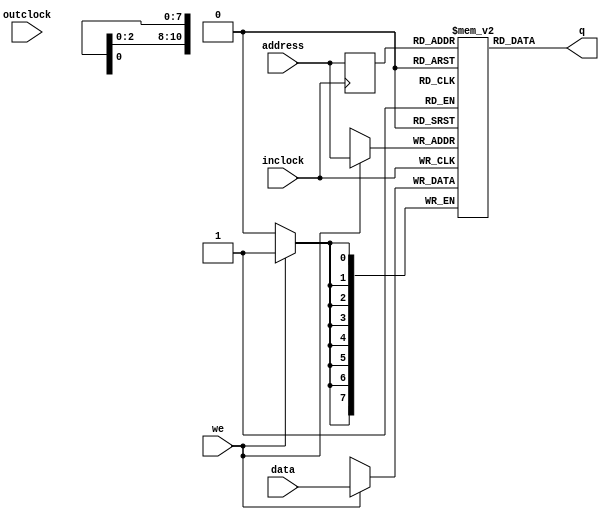

//
//ALTERA_LPM
//
module lpm_ram_dq (
    address,
    inclock,
    outclock,
    data,
    we,
    q
);

parameter lpm_width = 8;
parameter lpm_widthad = 11;
parameter lpm_indata = "REGISTERED";            //This 4 parameters are included only to avoid warnings
parameter lpm_address_control = "REGISTERED";   //they are not accessed inside the module. OR1200 uses this 
parameter lpm_outdata = "UNREGISTERED";         //configuration set on all its instantiations, so this is fine.
parameter lpm_hint = "USE_EAB=ON";              //It may not be fine, if you are adding this library to your 
                                                //own system, which uses this module with another configuration.
localparam dw = lpm_width;
localparam aw = lpm_widthad;

input [aw-1:0] address;
input inclock;
input outclock;
input [dw-1:0] data;
input we;
output [dw-1:0] q;

reg	[dw-1:0]	mem [(1<<aw)-1:0];	// RAM content
reg	[aw-1:0]	addr_reg;		// RAM address register

//
// Data output drivers
//
assign q = mem[addr_reg];

//
// RAM address register
//
always @(posedge inclock)
    addr_reg <= #1 address;

//
// RAM write
//
always @(posedge inclock)
	if (we)
		mem[address] <= #1 data;

endmodule

module altqpram (
	wraddress_a,
	inclocken_a,
	wraddress_b,
	wren_a,
	inclocken_b,
	wren_b,
	inaclr_a,
	inaclr_b,
	inclock_a,
	inclock_b,
	data_a,
	data_b,
	q_a,
	q_b 
);

parameter width_write_a = 8;
parameter widthad_write_a = 11;
parameter width_write_b = 8;
parameter widthad_write_b = 11;

localparam dw = width_write_a;
localparam aw = widthad_write_a;

input inclock_a, inaclr_a, inclocken_a, wren_a, inclock_b, inaclr_b, inclocken_b, wren_b;
input [dw-1:0] data_a, data_b;
output [dw-1:0] q_a, q_b;
input [aw-1:0] wraddress_a, wraddress_b;

reg	[dw-1:0]	mem [(1<<aw)-1:0];	// RAM content
reg	[aw-1:0]	addr_reg_a;		// RAM address register
reg	[aw-1:0]	addr_reg_b;		// RAM address register

//
// Data output drivers
//
assign q_a = mem[addr_reg_a][dw-1:0];
assign q_b = mem[addr_reg_b][dw-1:0];

//
// RAM address register
//
always @(posedge inclock_a or posedge inaclr_a)
    if ( inaclr_a == 1'b1 )
        addr_reg_a <= #1 {aw{1'b0}};
    else if ( inclocken_a )
        addr_reg_a <= #1 wraddress_a;

always @(posedge inclock_b or posedge inaclr_b)
    if ( inaclr_b == 1'b1 )
        addr_reg_b <= #1 {aw{1'b0}};
    else if ( inclocken_b )
        addr_reg_b <= #1 wraddress_b;

//
// RAM write
//
always @(posedge inclock_a)
	if (inclocken_a && wren_a)
		mem[wraddress_a] <= #1 data_a;

always @(posedge inclock_b)
	if (inclocken_b && wren_b)
		mem[wraddress_b] <= #1 data_b;

endmodule
//
// ~ALTERA_LPM
//


//
//XILINX_RAMB16
//
module RAMB16_S36_S36 (
    CLKA,
    SSRA,
    ADDRA,
    DIA,
    DIPA,
    ENA,
    WEA,
    DOA,
    DOPA,

    CLKB,
    SSRB,
    ADDRB,
    DIB,
    DIPB,
    ENB,
    WEB,
    DOB,
    DOPB
);

parameter dw = 32;
parameter dwp = 4;
parameter aw = 9;

input CLKA, SSRA, ENA, WEA, CLKB, SSRB, ENB, WEB;
input [dw-1:0] DIA, DIB;
output [dw-1:0] DOA, DOB;
input [dwp-1:0] DIPA, DIPB;
output [dwp-1:0] DOPA, DOPB;
input [aw-1:0] ADDRA, ADDRB;

reg	[dw+dwp-1:0]	mem [(1<<aw)-1:0];	// RAM content
reg	[aw-1:0]	addr_reg_a;		// RAM address register
reg	[aw-1:0]	addr_reg_b;		// RAM address register

//
// Data output drivers
//
assign DOA = mem[addr_reg_a][dw-1:0];
assign DOPA = mem[addr_reg_a][dwp+dw-1:dw];
assign DOB = mem[addr_reg_b][dw-1:0];
assign DOPB = mem[addr_reg_b][dwp+dw-1:dw];

//
// RAM address register
//
always @(posedge CLKA or posedge SSRA)
    if ( SSRA == 1'b1 )
        addr_reg_a <= #1 {aw{1'b0}};
    else if ( ENA )
        addr_reg_a <= #1 ADDRA;

always @(posedge CLKB or posedge SSRB)
    if ( SSRB == 1'b1 )
        addr_reg_b <= #1 {aw{1'b0}};
    else if ( ENB )
        addr_reg_b <= #1 ADDRB;

//
// RAM write
//
always @(posedge CLKA)
	if (ENA && WEA)
		mem[ADDRA] <= #1 { DIPA , DIA };

always @(posedge CLKB)
	if (ENB && WEB)
		mem[ADDRB] <= #1 { DIPB , DIB };

endmodule


module RAMB16_S9 (
    CLK,
    SSR,
    ADDR,
    DI,
    DIP,
    EN,
    WE,
    DO,
    DOP
);

parameter dw = 8;
parameter dwp = 1;
parameter aw = 11;

input CLK, SSR, EN, WE;
input [dw-1:0] DI;
output [dw-1:0] DO;
input [dwp-1:0] DIP;
output [dwp-1:0] DOP;
input [aw-1:0] ADDR;

reg	[dw+dwp-1:0]	mem [(1<<aw)-1:0];	// RAM content
reg	[aw-1:0]	addr_reg;		// RAM address register

//
// Data output drivers
//
assign DO = mem[addr_reg][dw-1:0];
assign DOP = mem[addr_reg][dwp+dw-1:dw];

//
// RAM address register
//
always @(posedge CLK or posedge SSR)
    if ( SSR == 1'b1 )
        addr_reg <= #1 {aw{1'b0}};
    else if ( EN )
        addr_reg <= #1 ADDR;

//
// RAM write
//
always @(posedge CLK)
	if (EN && WE)
		mem[ADDR] <= #1 { DIP , DI };

endmodule


module RAMB16_S36 (
    CLK,
    SSR,
    ADDR,
    DI,
    DIP,
    EN,
    WE,
    DO,
    DOP
);

parameter dw = 32;
parameter dwp = 4;
parameter aw = 9;

input CLK, SSR, EN, WE;
input [dw-1:0] DI;
output [dw-1:0] DO;
input [dwp-1:0] DIP;
output [dwp-1:0] DOP;
input [aw-1:0] ADDR;

reg	[dw+dwp-1:0]	mem [(1<<aw)-1:0];	// RAM content
reg	[aw-1:0]	addr_reg;		// RAM address register

//
// Data output drivers
//
assign DO = mem[addr_reg][dw-1:0];
assign DOP = mem[addr_reg][dwp+dw-1:dw];

//
// RAM address register
//
always @(posedge CLK or posedge SSR)
    if ( SSR == 1'b1 )
        addr_reg <= #1 {aw{1'b0}};
    else if ( EN )
        addr_reg <= #1 ADDR;

//
// RAM write
//
always @(posedge CLK)
	if (EN && WE)
		mem[ADDR] <= #1 { DIP , DI };

endmodule


module RAMB16_S18 (
    CLK,
    SSR,
    ADDR,
    DI,
    DIP,
    EN,
    WE,
    DO,
    DOP
);

parameter dw = 16;
parameter dwp = 2;
parameter aw = 10;

input CLK, SSR, EN, WE;
input [dw-1:0] DI;
output [dw-1:0] DO;
input [dwp-1:0] DIP;
output [dwp-1:0] DOP;
input [aw-1:0] ADDR;

reg	[dw+dwp-1:0]	mem [(1<<aw)-1:0];	// RAM content
reg	[aw-1:0]	addr_reg;		// RAM address register

//
// Data output drivers
//
assign DO = mem[addr_reg][dw-1:0];
assign DOP = mem[addr_reg][dwp+dw-1:dw];

//
// RAM address register
//
always @(posedge CLK or posedge SSR)
    if ( SSR == 1'b1 )
        addr_reg <= #1 {aw{1'b0}};
    else if ( EN )
        addr_reg <= #1 ADDR;

//
// RAM write
//
always @(posedge CLK)
	if (EN && WE)
		mem[ADDR] <= #1 { DIP , DI };

endmodule
//
//~XILINX_RAMB16
//


//
//XILINX_RAMB4
//
module RAMB4_S16_S16 (
    CLKA,
    RSTA,
    ADDRA,
    DIA,
    ENA,
    WEA,
    DOA,

    CLKB,
    RSTB,
    ADDRB,
    DIB,
    ENB,
    WEB,
    DOB
);

parameter dw = 16;
parameter aw = 8;

input CLKA, RSTA, ENA, WEA, CLKB, RSTB, ENB, WEB;
input [dw-1:0] DIA, DIB;
output [dw-1:0] DOA, DOB;
input [aw-1:0] ADDRA, ADDRB;

reg	[dw-1:0]	mem [(1<<aw)-1:0];	// RAM content
reg	[aw-1:0]	addr_reg_a;		// RAM address register
reg	[aw-1:0]	addr_reg_b;		// RAM address register

//
// Data output drivers
//
assign DOA = mem[addr_reg_a][dw-1:0];
assign DOB = mem[addr_reg_b][dw-1:0];

//
// RAM address register
//
always @(posedge CLKA or posedge RSTA)
    if ( RSTA == 1'b1 )
        addr_reg_a <= #1 {aw{1'b0}};
    else if ( ENA )
        addr_reg_a <= #1 ADDRA;

always @(posedge CLKB or posedge RSTB)
    if ( RSTB == 1'b1 )
        addr_reg_b <= #1 {aw{1'b0}};
    else if ( ENB )
        addr_reg_b <= #1 ADDRB;

//
// RAM write
//
always @(posedge CLKA)
	if (ENA && WEA)
		mem[ADDRA] <= #1 DIA;

always @(posedge CLKB)
	if (ENB && WEB)
		mem[ADDRB] <= #1 DIB;

endmodule

module RAMB4_S4 (
    CLK,
    RST,
    ADDR,
    DI,
    EN,
    WE,
    DO,
);

parameter dw = 4;
parameter aw = 10;

input CLK, RST, EN, WE;
input [dw-1:0] DI;
output [dw-1:0] DO;
input [aw-1:0] ADDR;

reg	[dw-1:0]	mem [(1<<aw)-1:0];	// RAM content
reg	[aw-1:0]	addr_reg;		// RAM address register

//
// Data output drivers
//
assign DO = mem[addr_reg][dw-1:0];

//
// RAM address register
//
always @(posedge CLK or posedge RST)
    if ( RST == 1'b1 )
        addr_reg <= #1 {aw{1'b0}};
    else if ( EN )
        addr_reg <= #1 ADDR;

//
// RAM write
//
always @(posedge CLK)
	if (EN && WE)
		mem[ADDR] <= #1 DI;

endmodule

module RAMB4_S16 (
    CLK,
    RST,
    ADDR,
    DI,
    EN,
    WE,
    DO
);

parameter dw = 16;
parameter aw = 8;

input CLK, RST, EN, WE;
input [dw-1:0] DI;
output [dw-1:0] DO;
input [aw-1:0] ADDR;

reg	[dw-1:0]	mem [(1<<aw)-1:0];	// RAM content
reg	[aw-1:0]	addr_reg;		// RAM address register

//
// Data output drivers
//
assign DO = mem[addr_reg][dw-1:0];

//
// RAM address register
//
always @(posedge CLK or posedge RST)
    if ( RST == 1'b1 )
        addr_reg <= #1 {aw{1'b0}};
    else if ( EN )
        addr_reg <= #1 ADDR;

//
// RAM write
//
always @(posedge CLK)
	if (EN && WE)
		mem[ADDR] <= #1 DI;

endmodule

module RAMB4_S2 (
    CLK,
    RST,
    ADDR,
    DI,
    EN,
    WE,
    DO,
);

parameter dw = 2;
parameter aw = 11;

input CLK, RST, EN, WE;
input [dw-1:0] DI;
output [dw-1:0] DO;
input [aw-1:0] ADDR;

reg	[dw-1:0]	mem [(1<<aw)-1:0];	// RAM content
reg	[aw-1:0]	addr_reg;		// RAM address register

//
// Data output drivers
//
assign DO = mem[addr_reg][dw-1:0];

//
// RAM address register
//
always @(posedge CLK or posedge RST)
    if ( RST == 1'b1 )
        addr_reg <= #1 {aw{1'b0}};
    else if ( EN )
        addr_reg <= #1 ADDR;

//
// RAM write
//
always @(posedge CLK)
	if (EN && WE)
		mem[ADDR] <= #1 DI;

endmodule

module RAMB4_S8 (
    CLK,
    RST,
    ADDR,
    DI,
    EN,
    WE,
    DO,
);

parameter dw = 8;
parameter aw = 9;

input CLK, RST, EN, WE;
input [dw-1:0] DI;
output [dw-1:0] DO;
input [aw-1:0] ADDR;

reg	[dw-1:0]	mem [(1<<aw)-1:0];	// RAM content
reg	[aw-1:0]	addr_reg;		// RAM address register

//
// Data output drivers
//
assign DO = mem[addr_reg][dw-1:0];

//
// RAM address register
//
always @(posedge CLK or posedge RST)
    if ( RST == 1'b1 )
        addr_reg <= #1 {aw{1'b0}};
    else if ( EN )
        addr_reg <= #1 ADDR;

//
// RAM write
//
always @(posedge CLK)
	if (EN && WE)
		mem[ADDR] <= #1 DI;

endmodule
//
// ~XILINX_RAMB4
//


//
// XILINX_RAM32X1D
//
module RAM32X1D (
    DPO,
    SPO,
    A0,
    A1,
    A2,
    A3,
    A4,
    D,
    DPRA0,
    DPRA1,
    DPRA2,
    DPRA3,
    DPRA4,
    WCLK,
    WE
);

parameter dw = 1;
parameter aw = 5;

output DPO, SPO;
input DPRA0, DPRA1, DPRA2, DPRA3, DPRA4;
input A0, A1, A2, A3, A4;
input D;
input WCLK;
input WE;

reg	[dw-1:0]	mem [(1<<aw)-1:0];	// RAM content

//
// Data output drivers
//
assign DPO = mem[{DPRA4 , DPRA3 , DPRA2 , DPRA1 , DPRA0}][dw-1:0];
assign SPO = mem[{A4 , A3 , A2 , A1 , A0}][dw-1:0];

//
// RAM write
//
always @(posedge WCLK)
	if (WE)
		mem[{A4 , A3 , A2 , A1 , A0}] <= #1 D;

endmodule
//
// ~XILINX_RAM32X1D
//


//
// USE_RAM16X1D_FOR_RAM32X1D
//
module RAM16X1D (
    DPO,
    SPO,
    A0,
    A1,
    A2,
    A3,
    D,
    DPRA0,
    DPRA1,
    DPRA2,
    DPRA3,
    WCLK,
    WE
);

parameter dw = 1;
parameter aw = 4;

output DPO, SPO;
input DPRA0, DPRA1, DPRA2, DPRA3;
input A0, A1, A2, A3;
input D;
input WCLK;
input WE;

reg	[dw-1:0]	mem [(1<<aw)-1:0];	// RAM content

//
// Data output drivers
//
assign DPO = mem[{DPRA3 , DPRA2 , DPRA1 , DPRA0}][dw-1:0];
assign SPO = mem[{A3 , A2 , A1 , A0}][dw-1:0];

//
// RAM write
//
always @(posedge WCLK)
	if (WE)
		mem[{A3 , A2 , A1 , A0}] <= #1 D;

endmodule
//
// ~USE_RAM16X1D_FOR_RAM32X1D
//